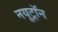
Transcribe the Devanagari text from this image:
नयूट्रॉन